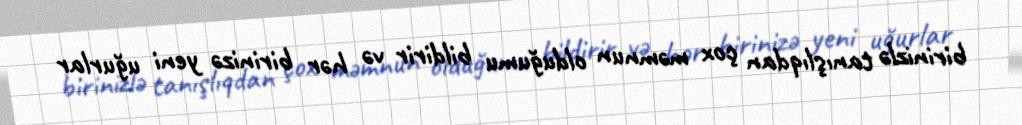
birinizlə tanışlıqdan çox məmnun olduğumu bildirir və hər birinizə yeni uğurlar